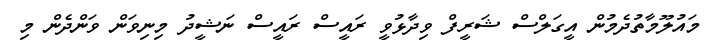
މައުލޫމާތުދެމުން އީގަލްސް ޝަރީފް ވިދާޅުވީ ރައީސް ރައީސް ނަޝީދު މިނިވަން ވަންދެން މި